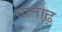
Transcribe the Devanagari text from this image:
वातोढ़